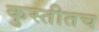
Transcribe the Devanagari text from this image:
कुस्तीतच